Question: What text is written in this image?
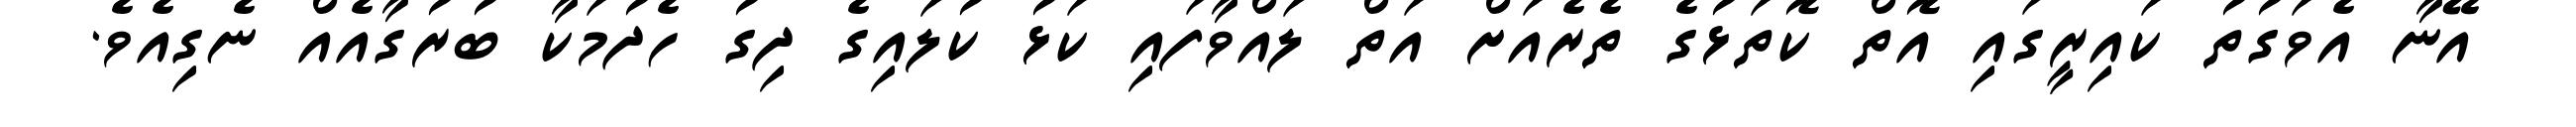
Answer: އޭނާ އެވަގުތު ކައިރީގައި އޮތް ކޮތަޅުގެ ތެރެއަށް އަތް ލައްވާފައި ކަޅު ކުލައިގެ ދިގު ހެދުމަކާ ބުރުގާއެއް ނެގިއެވެ.